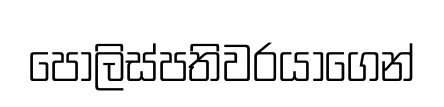
පොලිස්පතිවරයාගෙන්